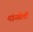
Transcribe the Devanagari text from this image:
मंडळीली